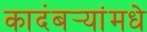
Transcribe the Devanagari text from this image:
कादंबर्‍यांमधे